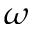
\omega